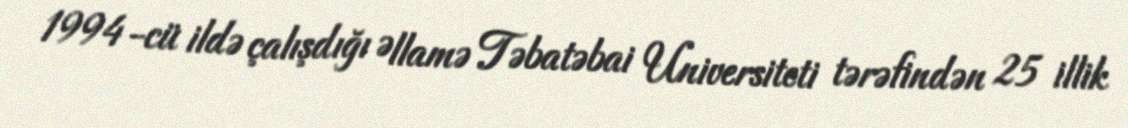
1994-cü ildə çalışdığı Əllamə Təbatəbai Universiteti tərəfindən 25 illik